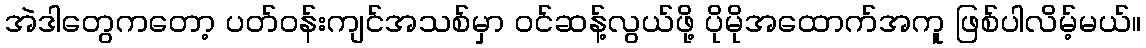
အဲဒါတွေကတော့ ပတ်ဝန်းကျင်အသစ်မှာ ဝင်ဆန့်လွယ်ဖို့ ပိုမိုအထောက်အကူ ဖြစ်ပါလိမ့်မယ်။